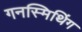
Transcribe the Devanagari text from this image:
गनस्मिथिंग